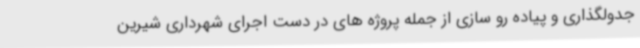
جدولگذاری و پیاده رو سازی از جمله پروژه های در دست اجرای شهرداری شیرین